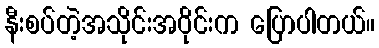
နီးစပ်တဲ့အသိုင်းအဝိုင်းက ပြောပါတယ်။